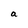
Character: a